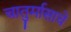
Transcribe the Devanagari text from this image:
चातुर्मासाचे